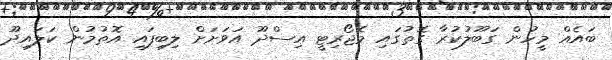
ބައެއް މީހުން ގަބޫލުކުރާ ގޮތުގައި މެޖޯރިޓީ އިސްދޫ އަވަށަށް ލިބިފައި އޮތުމުން ކަލައިދޫ